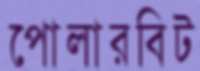
পোলারবিট